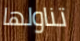
تناولها